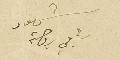
شهود شبلي بركات